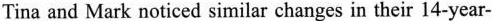
Tina and Mark noticed similar changes in their 14-year-